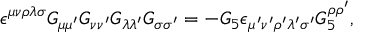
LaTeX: \epsilon ^ { \mu \nu \rho \lambda \sigma } G _ { \mu \mu ^ { \prime } } G _ { \nu \nu ^ { \prime } } G _ { \lambda \lambda ^ { \prime } } G _ { \sigma \sigma ^ { \prime } } = - G _ { 5 } \epsilon _ { \mu ^ { \prime } \nu ^ { \prime } \rho ^ { \prime } \lambda ^ { \prime } \sigma ^ { \prime } } G _ { 5 } ^ { \rho \rho ^ { \prime } } ,